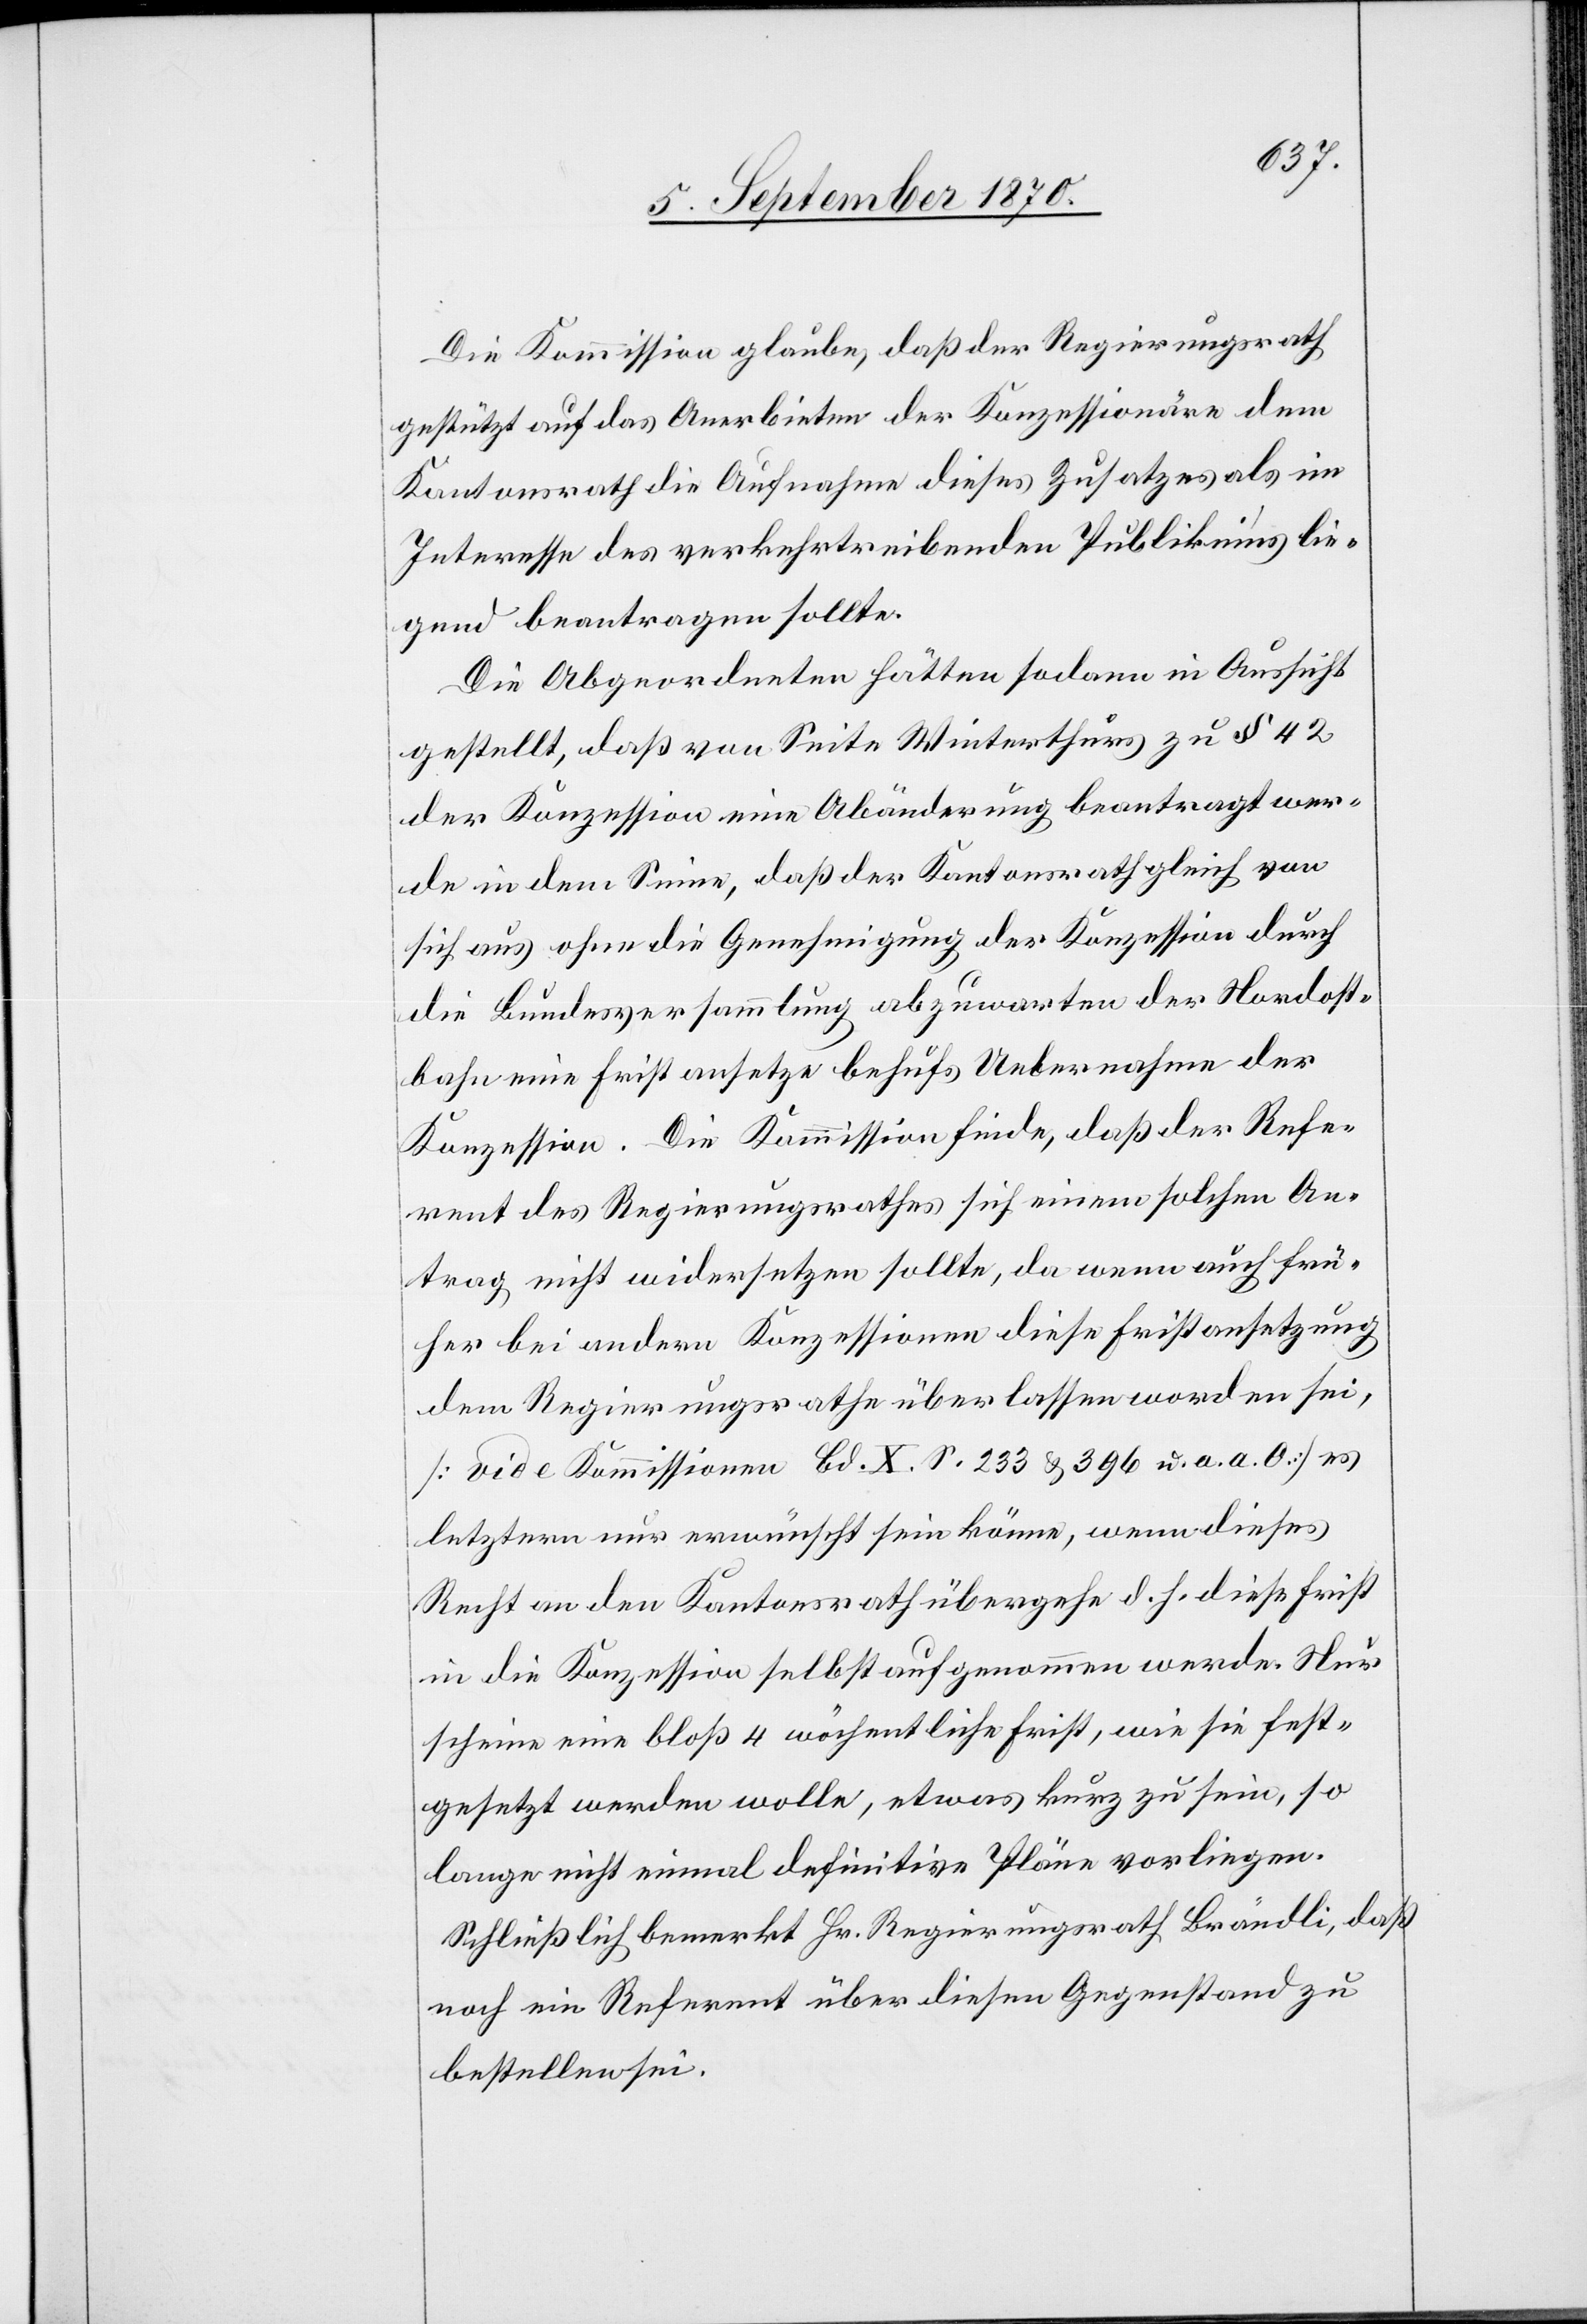
Die Kommission glaube, daß der Regierungsrath
gestützt auf das Anerbieten der Konzessionäre dem
Kantonsrath die Aufnahme dieses Zusatzes als im
Interesse des verkehrstreibenden Publikums lie¬
gend beantragen sollte.
Die Abgeordneten hätten sodann in Aussicht
gestellt, daß von Seite Winterthurs zu § 42
der Konzession eine Abänderung beantragt wer¬
de in dem Sinne, daß der Kantonsrath gleich von
sich aus ohne die Genehmigung der Konzession durch
die Bundesversammlung abzuwarten der Nordost¬
bahn eine Frist ansetze behufs Uebernahme der
Konzession. Die Kommission finde, daß der Refe¬
rent des Regierungsrathes sich einem solchen An¬
trag nicht widersetzen sollte, da wenn auch frü¬
her bei andern Konzessionen diese Fristansetzung
dem Regierungsrath überlassen worden sei,
[vide Kommissionen Bd. X S. 2334 & 396 u. a. a. O.] es
letzterm nur unerwünscht sein könne, wenn dieses
Recht an den Kantonsrath übergehe d. h. diese Frist
in die Konzession selbst aufgenommen werde. Nur
scheine eine bloß 4 wöchentliche Frist, wie sie fest¬
gesetzt werden wolle, etwas kurz zu sein, so
lange nicht einmal definitive Pläne vorliegen.
Schließlich bemerkt Hr. Regierungsrath Brändli, daß
noch ein Referent über diesen Gegenstand zu
bestellen sei.